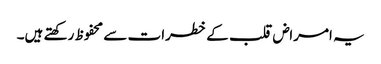
یہ امراض قلب کے خطرات سے محفوظ رکھتے ہیں۔